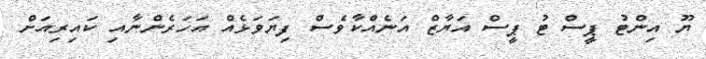
ޔޫ އިންޓު ޕީސް ޓު ޕީސް އަޔާޒް އަނެއްކާވެސް ފިޔަވަޅެއް އަހަރެންނާއި ކައިރިއަށް